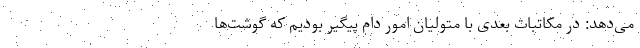
می‌دهد: در مکاتبات بعدی با متولیان امور دام پیگیر بودیم که گوشت‌ها